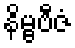
နိမ္ဗဗီဇံ